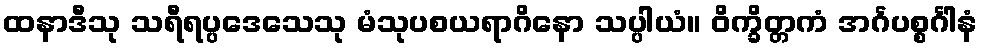
ထနာဒီသု သရီရပ္ပဒေသေသု မံသုပစယရာဂိနော သပ္ပါယံ။ ဝိက္ခိတ္တကံ အင်္ဂပစ္စင်္ဂါနံ